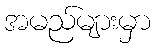
အမည်များမှာ